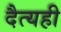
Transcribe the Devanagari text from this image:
दैत्यही